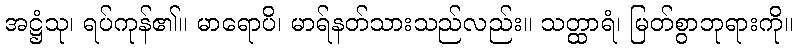
အဋ္ဌံသု၊ ရပ်ကုန်၏။ မာရောပိ၊ မာရ်နတ်သားသည်လည်း။ သတ္ထာရံ၊ မြတ်စွာဘုရားကို။